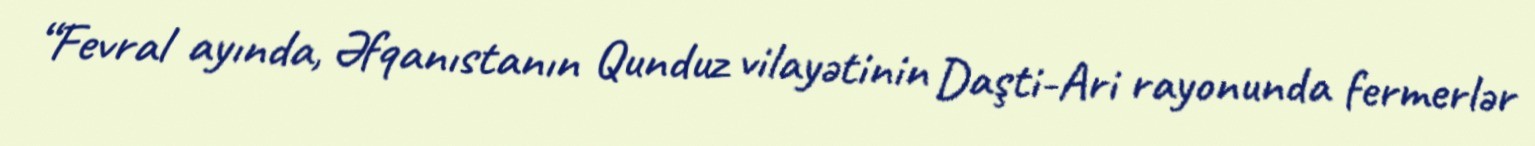
“Fevral ayında, Əfqanıstanın Qunduz vilayətinin Daşti-Ari rayonunda fermerlər